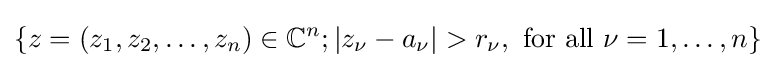
\left\{z=(z_{1},z_{2},\dots ,z_{n})\in \mathbb {C} ^{n};|z_{\nu }-a_{\nu }|>r_{\nu },{\text{ for all }}\nu =1,\dots ,n\right\}